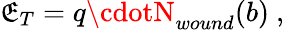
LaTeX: \mathfrak{E}_{T}=q\cdotN_{wound}(b)\ ,